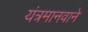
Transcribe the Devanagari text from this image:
यंत्रमानवाने